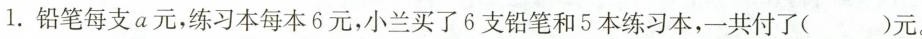
1.铅笔每支a元，练习本每本6元，小兰买了6支铅笔和5本练习本，一共付了( )元。